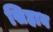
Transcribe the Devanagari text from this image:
सिहाब